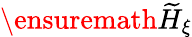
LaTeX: \ensuremath{\widetilde{H}}_{\xi}